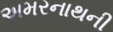
અમરનાથની